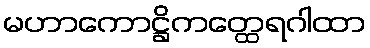
မဟာကောဋ္ဌိကတ္ထေရဂါထာ